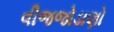
વીજજોડાણો